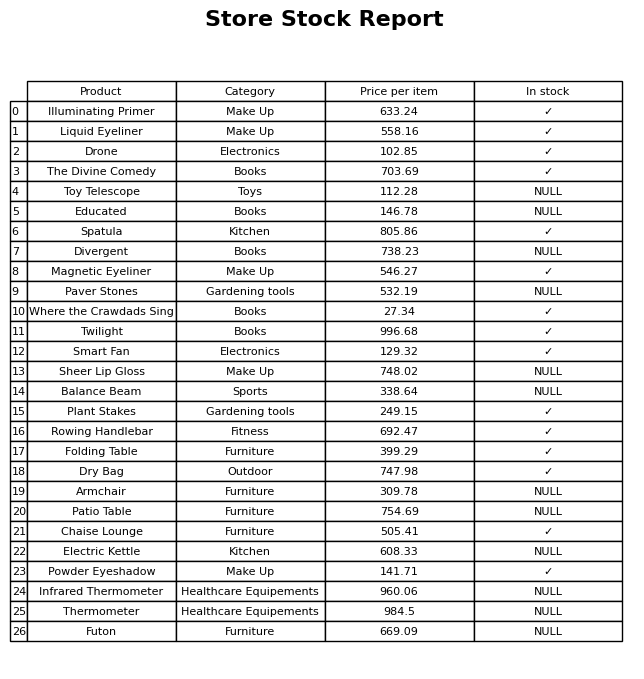
question: What is the price of the Dry Bag?
answer: The price of Dry Bag is 747.98.